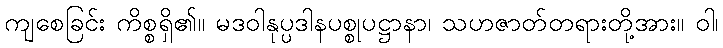
ကျစေခြင်း ကိစ္စရှိ၏။ မဒဝါနုပ္ပဒါနပစ္စုပဋ္ဌာနာ၊ သဟဇာတ်တရားတို့အား။ ဝါ၊